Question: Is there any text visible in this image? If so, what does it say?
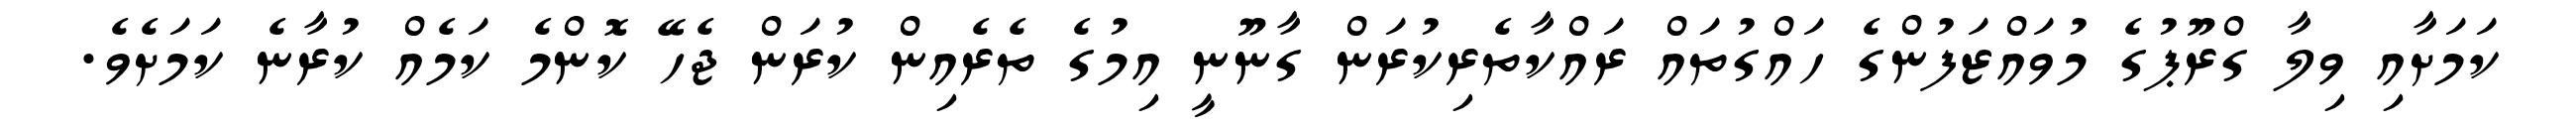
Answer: ކަމަށާއި ވިލާ ގްރޫޕުގެ މުވައްޒަފުންގެ ހައްގުތައް ރައްކާތެރިކުރަން ގާނޫނީ އިމުގެ ތެރެއިން ކުރަން ޖެހޭ ކޮންމެ ކަމެއް ކުރާނެ ކަމަށެވެ.